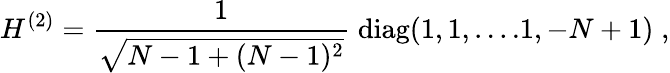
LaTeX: H^{(2)}=\frac{1}{\sqrt{N-1+(N-1)^{2}}}\; \mathrm{diag}(1,1,....1,-N+1)\; ,